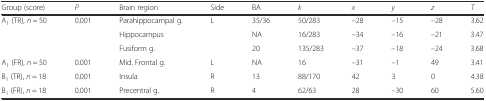
<table><thead><tr><td><b>Group (score)</b></td><td><b><i>P</i></b></td><td><b>Brain region</b></td><td><b>Side</b></td><td><b>BA</b></td><td><b><i>k</i></b></td><td><b><i>x</i></b></td><td><b><i>y</i></b></td><td><b><i>z</i></b></td><td><b><i>T</i></b></td></tr></thead><tbody><tr><td rowspan="3">A<sub>1</sub> (TR), <i>n</i> = 50</td><td rowspan="3">0.001</td><td>Parahippocampal g.</td><td rowspan="3">L</td><td>35/36</td><td>50/283</td><td>–28</td><td>–15</td><td>–28</td><td>3.62</td></tr><tr><td>Hippocampus</td><td>NA</td><td>16/283</td><td>–34</td><td>–16</td><td>–21</td><td>3.47</td></tr><tr><td>Fusiform g.</td><td>20</td><td>135/283</td><td>–37</td><td>–18</td><td>–24</td><td>3.68</td></tr><tr><td>A<sub>1</sub> (FR), <i>n</i> = 50</td><td>0.001</td><td>Mid. Frontal g.</td><td>L</td><td>NA</td><td>16</td><td>–31</td><td>–1</td><td>49</td><td>3.41</td></tr><tr><td>B<sub>1</sub> (TR), <i>n</i> = 18</td><td>0.001</td><td>Insula</td><td>R</td><td>13</td><td>88/170</td><td>42</td><td>3</td><td>0</td><td>4.38</td></tr><tr><td>B<sub>1</sub> (FR), <i>n</i> = 18</td><td>0.001</td><td>Precentral g.</td><td>R</td><td>4</td><td>62/63</td><td>28</td><td>–30</td><td>60</td><td>5.60</td></tr></tbody></table>